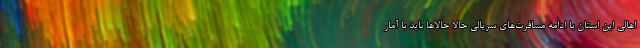
اهالی این استان با ادامه مسافرت‌های سریالی حالا حالا‌ها باید با آمار